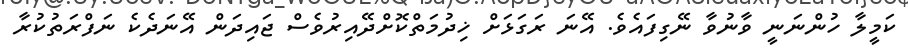
ކަމީލާ ހުންނަނީ ވާނުވާ ނޭގިފައެވެ. އޭނަ ރަގަޅަށް ޚިދުމަތްކޮށްދޭއިރުވެސް ޖައިދަން އޭނަދެކެ ނަފްރަތުކުރާ